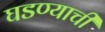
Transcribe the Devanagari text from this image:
घडण्याची